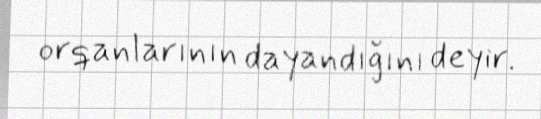
orqanlarının dayandığını deyir.